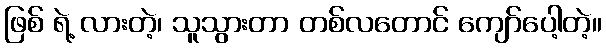
ဖြစ် ရဲ့ လားတဲ့၊ သူသွားတာ တစ်လတောင် ကျော်ပေါ့တဲ့။